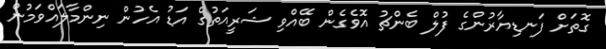
ގޮތަށް ފަނޑިޔާރުންގެ ފުލް ބެންޗު އޮވެގެން ބޭއްވި ޝަރީއަތުގެ އަޑު އެހުން ނިންމާލައްވަމުން